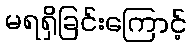
မရရှိခြင်းကြောင့်